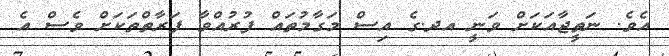
އެވެ. ނަތީޖާއަކަށް ވަނީ އދ.ގެ އިސް މަގާމުތައް ފުރުއްވާ ފަރާތްތަކަށް ވެސް އެ